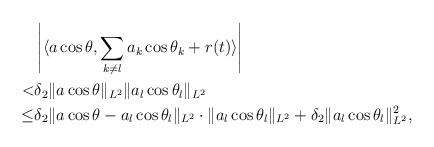
LaTeX: \begin{align*}&\left| \langle a\cos\theta, \sum_{k\neq l}a_{k}\cos\theta_{k}+r(t)\rangle \right| \\< &\delta_2 \|a\cos\theta\|_{L^2} \|a_l\cos\theta_l\|_{L^2} \\\leq &\delta_2 \|a\cos\theta- a_l\cos\theta_l\|_{L^2}\cdot \|a_l\cos\theta_l\|_{L^2}+\delta_2 \|a_l\cos\theta_l\|_{L^2}^2 ,\end{align*}